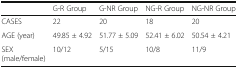
<table><thead><tr><td>[EMPTY_CELL]</td><td><b>G-R Group</b></td><td><b>G-NR Group</b></td><td><b>NG-R Group</b></td><td><b>NG-NR Group</b></td></tr></thead><tbody><tr><td>CASES</td><td>22</td><td>20</td><td>18</td><td>20</td></tr><tr><td>AGE (year)</td><td>49.85 ± 4.92</td><td>51.77 ± 5.09</td><td>52.41 ± 6.02</td><td>50.54 ± 4.21</td></tr><tr><td>SEX(male/female)</td><td>10/12</td><td>5/15</td><td>10/8</td><td>11/9</td></tr></tbody></table>